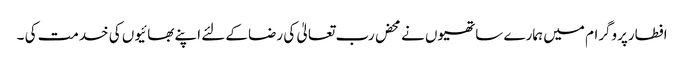
افطارپروگرام میں ہمارے ساتھیوں نے محض رب تعالیٰ کی رضا کےلئے اپنے بھائیوں کی خدمت کی ۔